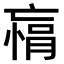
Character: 𫡾